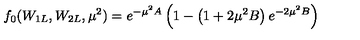
f _ { 0 } ( W _ { 1 L } , W _ { 2 L } , \mu ^ { 2 } ) = e ^ { - \mu ^ { 2 } A } \left( 1 - \left( 1 + 2 \mu ^ { 2 } B \right) e ^ { - 2 \mu ^ { 2 } B } \right)